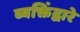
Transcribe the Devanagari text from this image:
व्यक्तिंद्वारे